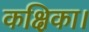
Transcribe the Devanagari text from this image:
कक्षिका।